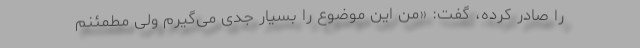
را صادر کرده، گفت:‌ «من این موضوع را بسیار جدی می‌گیرم ولی مطمئنم